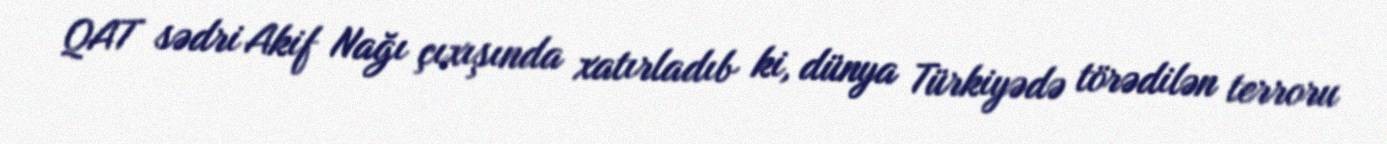
QAT sədri Akif Nağı çıxışında xatırladıb ki, dünya Türkiyədə törədilən terroru